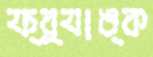
ফ্র্যাঙ্ক